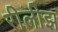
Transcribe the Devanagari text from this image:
रीलीझ